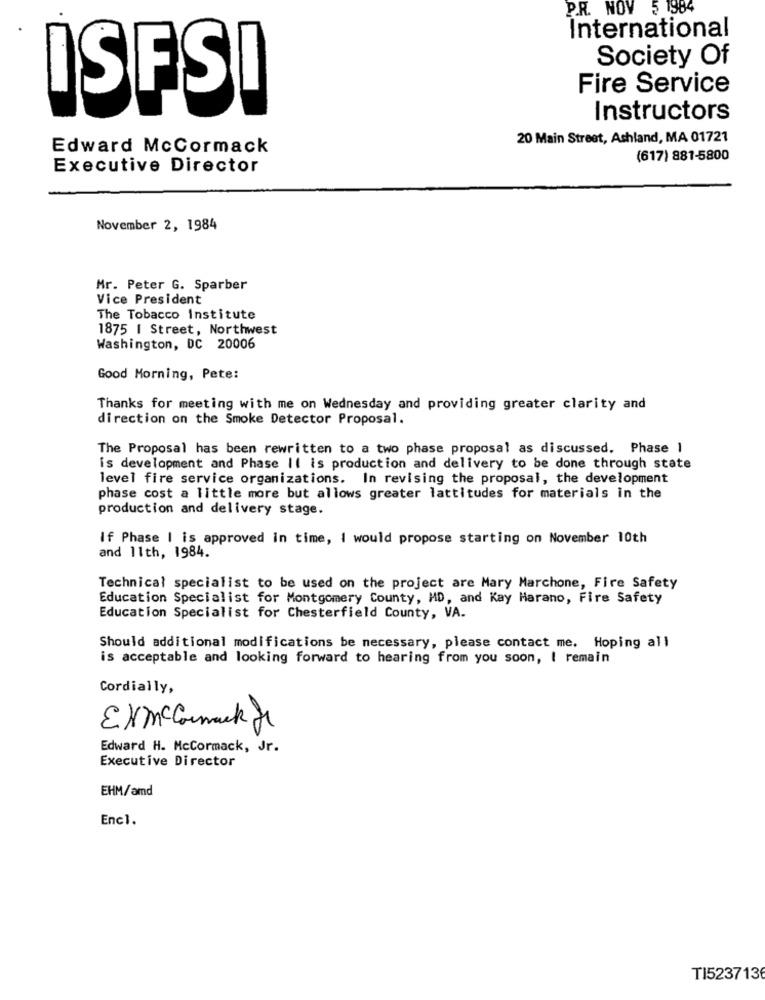
P.R. NOV 5 1984
International
Society Of
ISFSI
Fire Service
Instructors
20 Main Street, Ashland, MA 01721
Edward McCormack
(617) 881-5800
Executive Director
November 2, 1984
Mr. Peter G. Sparber
Vice President
The Tobacco Institute
1875 | Street, Northwest
Washington, DC 20006
Good Morning, Pete:
Thanks for meeting with me on Wednesday and providing greater clarity and
direction on the Smoke Detector Proposal.
The Proposal has been rewritten to a two phase proposal as discussed. Phase 1
is development and Phase II is production and delivery to be done through state
level fire service organizations. In revising the proposal, the development
phase cost a little more but allows greater lattitudes for materials in the
production and delivery stage.
If Phase | is approved in time, I would propose starting on November 10th
and 11th, 1984.
Technical specialist to be used on the project are Mary Marchone, Fire Safety
Education Specialist for Montgomery County, MD, and Kay Harano, Fire Safety
Education Specialist for Chesterfield County, VA.
Should additional modifications be necessary, please contact me. Hoping all
is acceptable and looking forward to hearing from you soon, I remain
Cordially,
Edward H. Mccormack , Jr.
Executive Director
EHM/amd
Enc1.
TI5237136